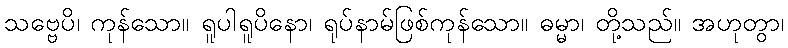
သဗ္ဗေပိ၊ ကုန်သော။ ရူပါရူပိနော၊ ရုပ်နာမ်ဖြစ်ကုန်သော။ ဓမ္မာ၊ တို့သည်။ အဟုတွာ၊